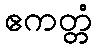
ဧကတ္တံ